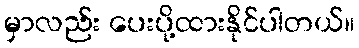
မှာလည်း ပေးပို့ထားနိုင်ပါတယ်။